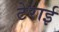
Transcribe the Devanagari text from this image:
टेराई